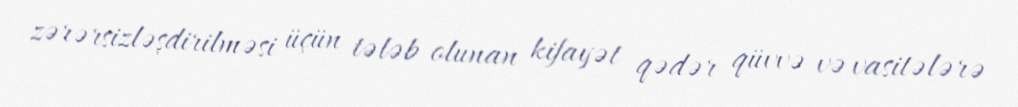
zərərsizləşdirilməsi üçün tələb olunan kifayət qədər qüvvə və vasitələrə